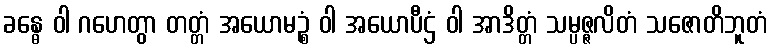
ခန္ဓေ ဝါ ဂဟေတွာ တတ္တံ အယောမဉ္စံ ဝါ အယောပီဌံ ဝါ အာဒိတ္တံ သမ္ပဇ္ဇလိတံ သဇောတိဘူတံ